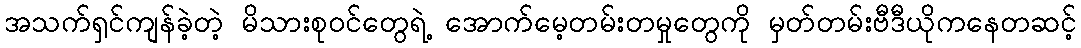
အသက်ရှင်ကျန်ခဲ့တဲ့ မိသားစုဝင်တွေရဲ့ အောက်မေ့တမ်းတမှုတွေကို မှတ်တမ်းဗီဒီယိုကနေတဆင့်